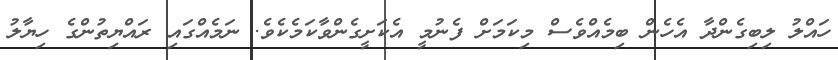
ހައްލު ލިބިގެންދާ އެހެން ބިމެއްވެސް މިކަމަށް ފެނުމީ އެކަށީގެންވާކަމެކެވެ. ނަމެއްގައި ރައްޔިތުންގެ ހިޔާލު